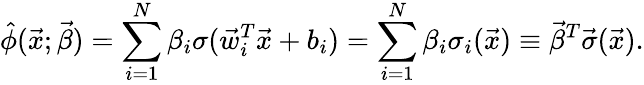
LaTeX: \hat{\phi}(\vec{x};\vec{\beta})=\sum_{i=1}^{N}\beta_{i}\sigma(\vec{w}_{i}^{T}\vec{x}+b_{i})=\sum_{i=1}^{N}\beta_{i}\sigma_{i}(\vec{x})\equiv\vec{\beta}^{T}\vec{\sigma}(\vec{x}).